Vaccination report Assam 1896-1927 - 1896-1927
Year: 1896
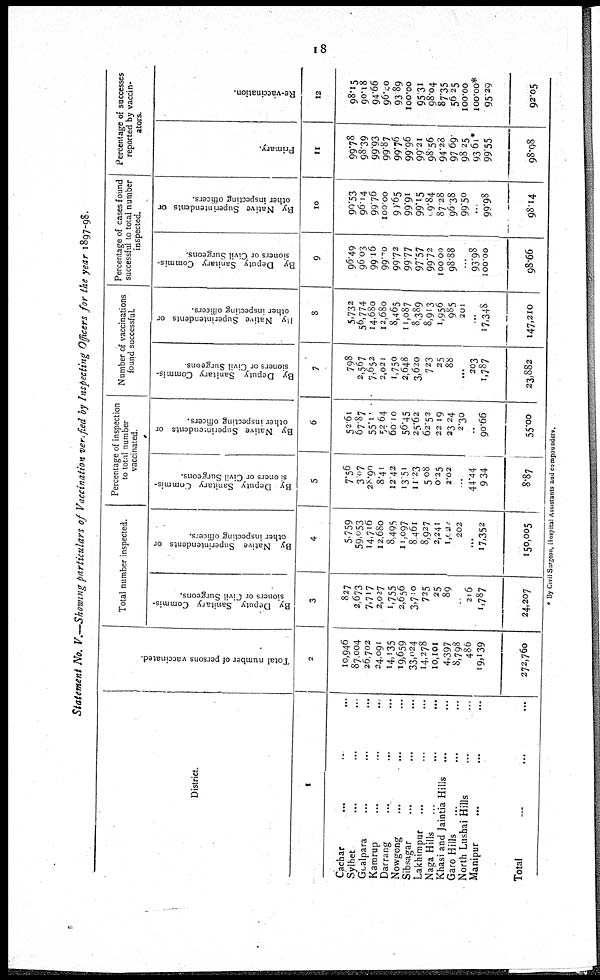
18
Statement No. V.—Showing particulars of Vaccination verified by Inspecting Officers for the year 1897-98.
District.
1
Cachar ... ... ...
Sylhet ... ... ...
Goalpara ... ... ...
Kamrup ... ... ...
Darrang ... ... ...
Nowgong ... ... ...
Sibsagar ... ... ...
Lakhimpur ... ... ...
Naga Hills ... ... ...
Khasi and Jaintia Hills ... ...
Garo Hills ... ... ...
North Lushai Hills ... ...
Manipur ... ...
Total ... ...
Total number of persons vaccinated.
2
10,946
87,004
26,702
24,091
14,135
19,659
33,024
14,278
10,101
4,397
8,798
486
19,139
272,760
Total number inspected.
By Deputy Sanitary Commis-
sioners or Civil Surgeons.
3
827
2,673
7,717
2,027
1,755
2,656
3,710
725
25
89
...
216
1,787
24,207
By Native Superintendents or
other inspecting officers.
4
5,759
59,053
14,716
12,680
8,495
11,097
8,461
8,927
2,241
1,000
202
...
17,352
150,005
Percentage of inspection
to total number
vaccinated.
By Deputy Sanitary Commis-
si oners or Civil Surgeons.
5
7.56
3.07
28.90
8.41
12.42
13.51
11.23
5.08
0.25
2.02
...
By Native Superintendents or
other inspecting officers.
6
52.61
67.87
55.11
52.64
60.10
56.45
25.62
62.52
22.19
23.24
2.30
44.44
9.34
8.87
90.66
55.00
Number of vaccinations
found successful.
By Deputy Sanitary Commis-
sioners or Civil Surgeons.
7
798
2,567
7,652
2,021
1,750
2,648
3,620
723
25
88
...
203
1,787
23,882
My Native Superintendents or
other inspecting officers.
8
5,732
56,774
14,680
12,680
8,465
11,087
8,389
8,913
1,956
985
201
...
17,348
147,210
Percentage of cases found
successful to total number
inspected.
By Deputy Sanitary Commis-
sioners or Civil Surgeons.
9
96.49
96.03
99.16
99.70
99.72
99.77
97.57
99.72
100.00
98.88
...
93.98
100.00
98.66
By Native Superintendents or
other inspecting officers.
10
90.53
96.14
99.76
100.00
90.65
99.91
99.15
99.84
87.28
96.38
99.50
...
99.98
98.14
Percentage of successes
reported by vaccin-
ators.
Primary.
11
99.78
98.39
99.93
99.87
99.76
99.96
99.21
98.56
94.28
97.69
98.25
93.61*
99.55
98.98
Re-vaccination.
12
98.15
90.18
94.66
96.40
93.89
100.00
95.31
98.04
87.35
56.25
100.00
100.00*
95.29
92.05
* By Civil Surgeon, Hospital Assistants and compounders.